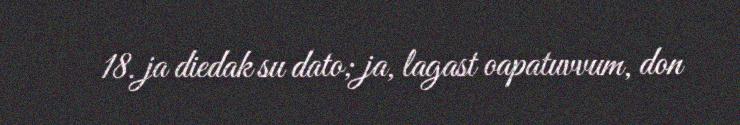
18. ja diedak su dato; ja, lagast oapatuvvum, don